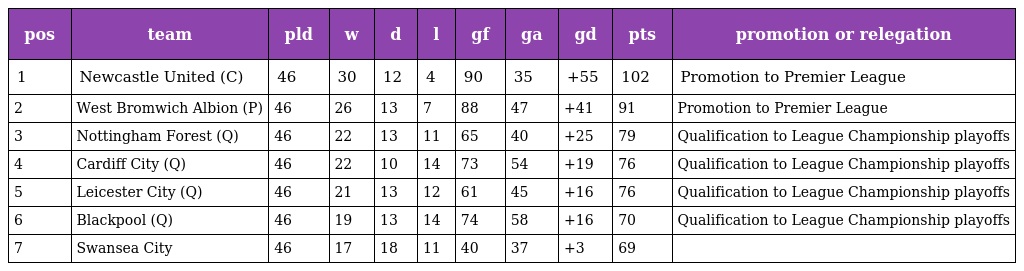
| pos | team | pld | w | d | l | gf | ga | gd | pts | promotion or relegation |
 | --- | --- | --- | --- | --- | --- | --- | --- | --- | --- | --- |
 | 1 | Newcastle United (C) | 46 | 30 | 12 | 4 | 90 | 35 | +55 | 102 | Promotion to Premier League |
 | 2 | West Bromwich Albion (P) | 46 | 26 | 13 | 7 | 88 | 47 | +41 | 91 | Promotion to Premier League |
 | 3 | Nottingham Forest (Q) | 46 | 22 | 13 | 11 | 65 | 40 | +25 | 79 | Qualification to League Championship playoffs |
 | 4 | Cardiff City (Q) | 46 | 22 | 10 | 14 | 73 | 54 | +19 | 76 | Qualification to League Championship playoffs |
 | 5 | Leicester City (Q) | 46 | 21 | 13 | 12 | 61 | 45 | +16 | 76 | Qualification to League Championship playoffs |
 | 6 | Blackpool (Q) | 46 | 19 | 13 | 14 | 74 | 58 | +16 | 70 | Qualification to League Championship playoffs |
 | 7 | Swansea City | 46 | 17 | 18 | 11 | 40 | 37 | +3 | 69 |  |